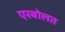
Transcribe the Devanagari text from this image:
एरबोलत